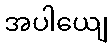
အပါယျေ